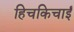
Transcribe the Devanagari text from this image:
हिचकिचाईं